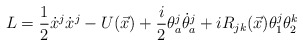
\begin{align*}L=\displaystyle\frac{1}{2} \dot{x}^j \dot{x}^j-U(\vec{x})+\displaystyle\frac{i}{2} \theta^j_a \dot{\theta}^j_a+i R_{jk}(\vec{x}) \theta^j_1 \theta^k_2\end{align*}